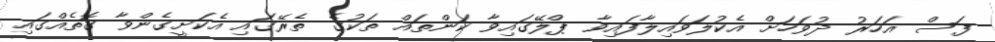
ފަސް އަހަރު ދުވަހަށް އެކުލަވައިލާފައިވާ ޕްލޭގައިވާ ކަންތައް ތަކުގެ ތެރޭގައި އެކަށީގެންވާ ގޮތެއްގައި